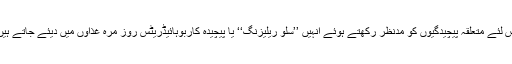
اس لئے متعلقہ پیچیدگیوں کو مدنظر رکھتے ہوئے انہیں ’’سلو ریلیزنگ‘‘ یا پیچیدہ کاربوہائیڈریٹس روز مرہ غذاؤں میں دیئے جاتے ہیں۔